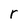
Character: r